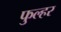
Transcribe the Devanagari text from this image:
फुल्हर